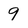
Character: 9